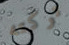
تركته